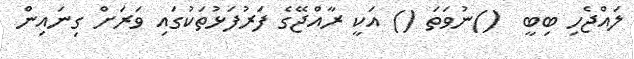
ލައްޖެހި ބިބީ  ()ނުވަތަ () އަކީ ރާއްޖޭގެ ފަރުފަޅުތަކުގައި ވަރަށް ގިނައިން